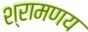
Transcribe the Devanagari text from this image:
श्रामणय